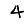
Digit: 4